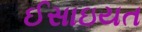
ઈસાઇયત